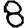
Digit: 8